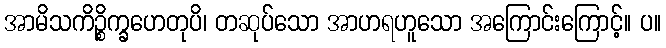
အာမိသကိဉ္စိက္ခဟေတုပိ၊ တဆုပ်သော အာဟရဟူသော အကြောင်းကြောင့်။ ပ။